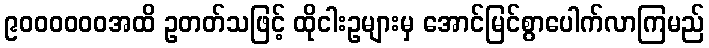
၉၀၀၀၀၀၀အထိ ဥတတ်သဖြင့် ထိုငါးဥများမှ အောင်မြင်စွာပေါက်လာကြမည်